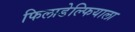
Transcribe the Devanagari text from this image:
फिलाडेल्फियाला